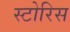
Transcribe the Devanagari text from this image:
स्टोरिस